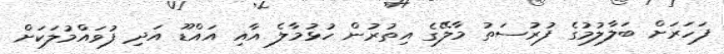
ފަހަރަށް ބަލާލުމުގެ ފުރުސަތު މާލޭގެ އިތުރުން ހުޅުމާލެ އާއި އައްޑޫ އަދި ފުވައްމުލަކަށް